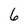
Character: 6